Civil Veterinary Department. Madras. Admin. report 1926-33 - 1926-1933
Year: 1926
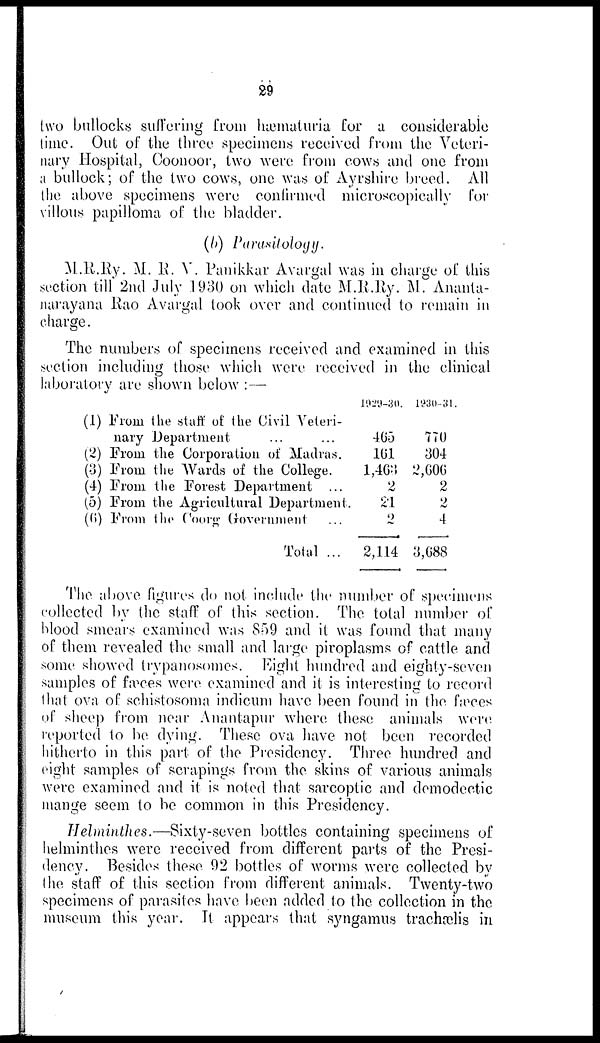
29
two bullocks suffering from hæmaturia for a considerable
time. Out of the three specimens received from the Veteri-
nary Hospital, Coonoor, two were from cows and one from
a bullock ; of the two cows, one was of Ayrshire breed. All
the above specimens were confirmed microscopically for
villous papilloma of the bladder.
(b) Parasitology.
M.R.Ry. M. R. V. Panikkar Avargal was in charge of this
section till 2nd July 1930 on which date M.R.Ry. M. Ananta-
narayana Rao Avargal took over and continued to remain in
charge.
The numbers of specimens received and examined in this
section including those which were received in the clinical
laboratory are shown below :—
(1) From the staff of the Civil Veteri-
nary Department ... ...
(2) From the Corporation of Madras.
(3) From the Wards of the College.
(4) From the Forest Department ...
(5) From the Agricultural Department.
(6) From the Coorg Government ...
Total ...
1929-30.
465
161
1,463
2
21
2
2,114
1930-31.
770
304
2,606
2
2
4
3,688
The above figures do not include the number of specimens
collected by the staff of this section. The total number of
blood smears examined was 859 and it was found that many
of them revealed the small and large piroplasms of cattle and
some showed trypanosomes. Eight hundred and eighty-seven
samples of fæces were examined and it is interesting to record
that ova of schistosoma indicum have been found in the fæces
of sheep from near Anantapur where these animals were
reported to be dying. These ova have not been recorded
hitherto in this part of the Presidency. Three hundred and
eight samples of scrapings from the skins of various animals
were examined and it is noted that sarcoptic and demodectic
mange seem to be common in this Presidency.
Helminthes.—Sixty-seven bottles containing specimens of
helminthes were received from different parts of the Presi-
dency. Besides these 92 bottles of worms were collected by
the staff of this section from different animals. Twenty-two
specimens of parasites have been added to the collection m the
museum this year. It appears that syngamus trachælis in